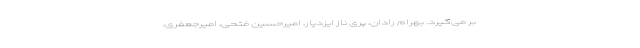
بر می‌گیرد. بهرام رادان، پری ناز ایزدیار، امیرحسین فتحی، امیرجعفری،